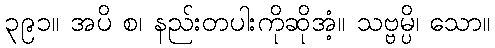
၃၉၁။ အပိ စ၊ နည်းတပါးကိုဆိုအံ့။ သဗ္ဗမ္ပိ၊ သော။